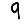
Digit: 9